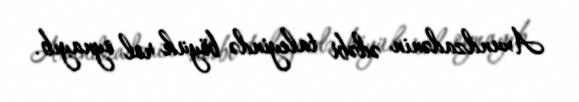
Axundzadənin ədəbi taleyində böyük rol oynayıb.